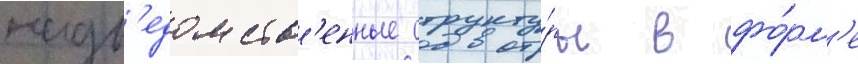
надв'едомств'енные структу́ры в фо́рм'е